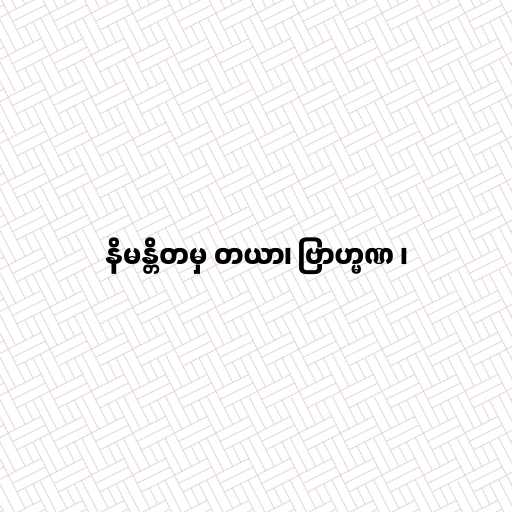
နိမန္တိတမှ တယာ၊ ဗြာဟ္မဏ ၊